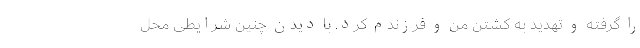
را گرفته و تهدید به کشتن من و فرزندم کرد. با دیدن چنین شرایطی محل